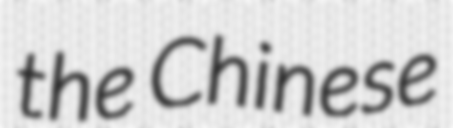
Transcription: the Chinese